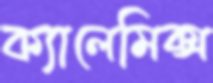
ক্যালেমিক্স